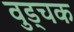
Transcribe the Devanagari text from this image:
वुड्चक